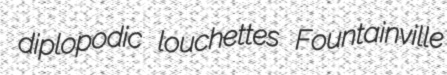
diplopodic louchettes Fountainville